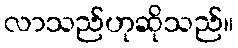
လာသည်ဟုဆိုသည်။